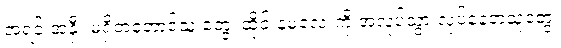
အရင်းအနှီး မရှိတဲ့တောင်သူ တွေ၊ ထိုင်းနဲ့မလေးကို အလုပ်သွားလုပ်နေတဲ့သူတွေ၊